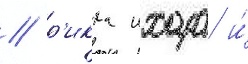
/ р'икка ихара и́